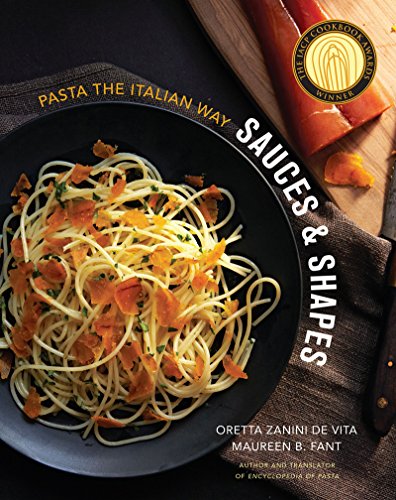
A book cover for Sauces & Shapes: Pasta the Italian Way; Oretta Zanini De Vita; Cookbooks, Food & Wine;